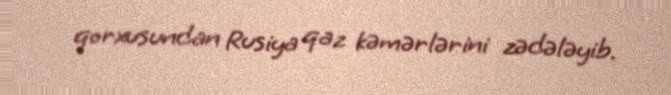
qorxusundan Rusiya qaz kəmərlərini zədələyib.